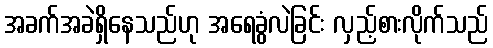
အခက်အခဲရှိနေသည်ဟု အရေခွံလဲခြင်း လှည့်စားလိုက်သည်